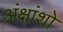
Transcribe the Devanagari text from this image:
अंक्षांशो